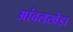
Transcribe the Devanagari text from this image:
आंवलखेड़ा